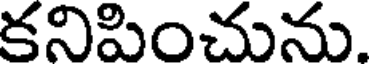
కనిపించును.